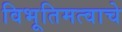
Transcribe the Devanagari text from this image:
विभूतिमत्वाचे